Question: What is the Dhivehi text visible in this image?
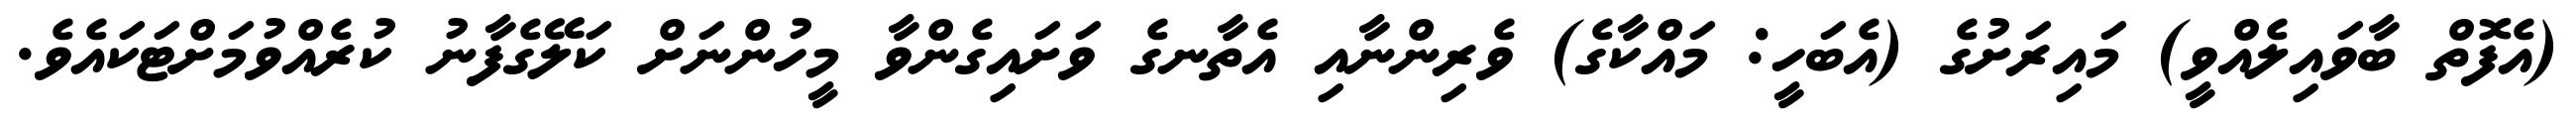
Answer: (އެފޮތް ބާވައިލެއްވީ) މައިރަށުގެ (އެބަހީ: މައްކާގެ) ވެރިންނާއި އެތާނގެ ވަށައިގެންވާ މީހުންނަށް ކަލޭގެފާނު ކުރެއްވުމަށްޓަކައެވެ.